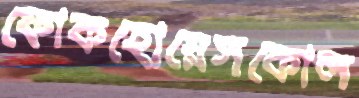
ফোকহোয়েসকোল